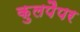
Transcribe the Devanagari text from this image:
कुलपैपर